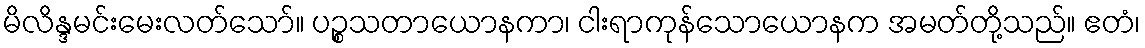
မိလိန္ဒမင်းမေးလတ်သော်။ ပဉ္စသတာယောနကာ၊ ငါးရာကုန်သောယောနက အမတ်တို့သည်။ ဧတံ၊